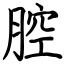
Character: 腔